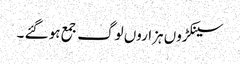
سینکڑوں ہزاروں لوگ جمع ہو گئے ۔